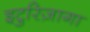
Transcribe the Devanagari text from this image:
इटुरिज़ागा